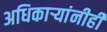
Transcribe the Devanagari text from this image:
अधिकार्‍यांनीही